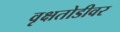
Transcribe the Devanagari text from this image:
वृक्षतोडीवर